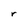
Character: r